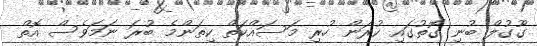
ގޫގުލް ބުނި ގޮތުގައި ކުރަން ހުރި މަސައްކަތް ކިތަންމެ ބުރަ ނަމަވެސް އޮތް